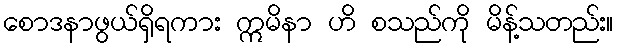
စောဒနာဖွယ်ရှိရကား ဣမိနာ ဟိ စသည်ကို မိန့်သတည်း။